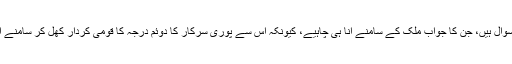
یہ ایسے سوال ہیں، جن کا جواب ملک کے سامنے آنا ہی چاہیے، کیونکہ اس سے پوری سرکار کا دوئم درجہ کا قومی کردار کھل کر سامنے آجائے گا۔